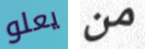
يعلو من